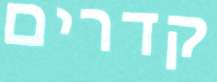
קדרים